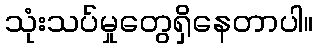
သုံးသပ်မှုတွေရှိနေတာပါ။